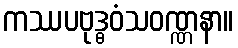
ကဿပဗုဒ္ဓဝံသဝဏ္ဏနာ။